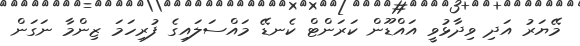
މޭޔަރު އަދި ވިދާޅުވީ އައްޑޫން ކަރަންޓް ކެނޑޭ މައްސަލައިގެ ފުރިހަމަ ޒިންމާ ނަގަން